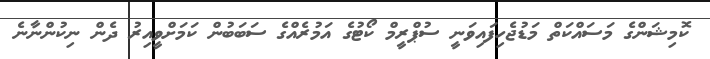
ކޮމިޝަންގެ މަސައްކަތް މަޑުޖެހިފައިވަނީ ސުޕްރީމް ކޯޓުގެ އަމުރެއްގެ ސަބަބުން ކަމަށްވީއިރު ދެން ނިކުންނާނެ